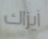
آيزاك